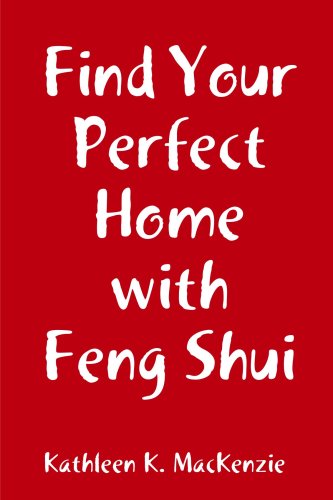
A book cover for Find Your Perfect Home with Feng Shui; Kathleen K. MacKenzie; Religion & Spirituality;